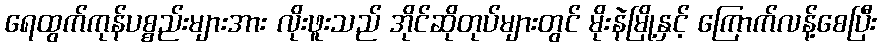
ရေထွက်ကုန်ပစ္စည်းများအား လိုးဖူးသည် အိုင်ဆိုတုပ်များတွင် မိုးနဲမြို့နှင့် ကြောက်လန့်စေပြီး